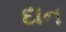
દાન